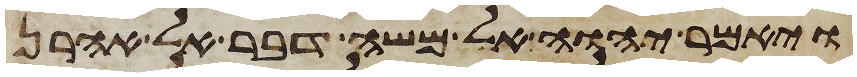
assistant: ויאמר יהוה אל משה דבר אל אהרן